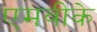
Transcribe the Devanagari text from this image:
एमवीके